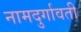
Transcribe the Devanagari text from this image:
नामदुर्गावती